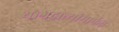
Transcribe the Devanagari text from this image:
योगदात्यांमार्फत